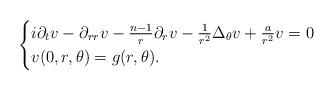
LaTeX: \begin{align*}\begin{cases}i\partial_{t}v-\partial_{rr}v-\frac{n-1}r \partial_r v-\frac1{r^2}\Delta_{\theta}v+\frac{a}{r^2}v=0\\v(0,r,\theta)=g(r,\theta).\end{cases}\end{align*}